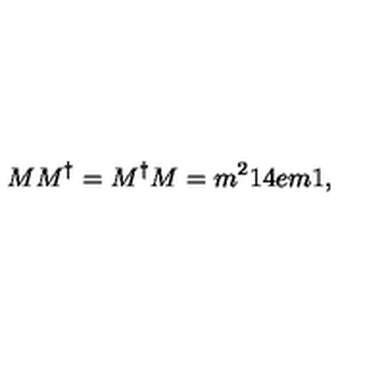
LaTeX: M M ^ { \dag } = M ^ { \dag } M = m ^ { 2 } 1 \kern - . 4 e m 1 ,